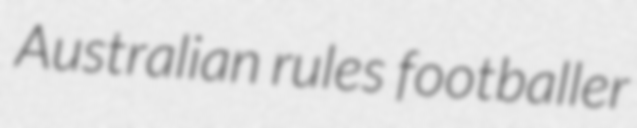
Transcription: Australian rules footballer